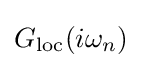
G_{\mathrm {loc} }(i\omega _{n})